Problem: 38 + 20 = ?
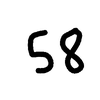
Handwritten answer: 58